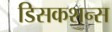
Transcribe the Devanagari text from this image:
डिसकशन्स